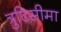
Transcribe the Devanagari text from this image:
त्रुटिसीमा